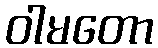
ဝါမတော